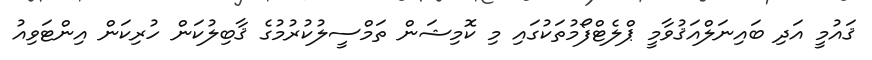
ޤައުމީ އަދި ބައިނަލްއަޤުވާމީ ޕްލެޓްފޯމުތަކުގައި މި ކޮމިޝަން ތަމްސީލުކުރުމުގެ ޤާބިލުކަން ހުރިކަން އިންޓަވިއު